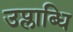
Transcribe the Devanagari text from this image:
उप्लाब्धि